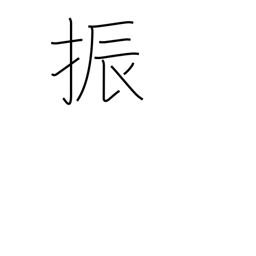
Meaning: swing